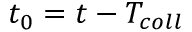
t _ { 0 } = t - T _ { c o l l }